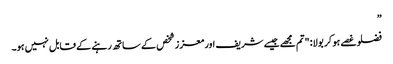
”
فضلو غصے ہو کر بولا: "تم مجھے جیسے شریف اور معزز شخص کے ساتھ رہنے کے قابل نہیں ہو۔